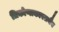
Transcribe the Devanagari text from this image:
त्रिकोणाकारतयैब